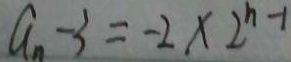
a _ { n } - 3 = - 2 \times 2 ^ { n - 1 }